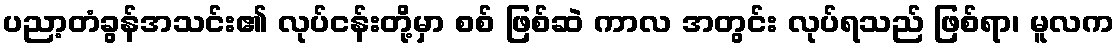
ပညာ့တံခွန်အသင်း၏ လုပ်ငန်းတို့မှာ စစ် ဖြစ်ဆဲ ကာလ အတွင်း လုပ်ရသည် ဖြစ်ရာ၊ မူလက